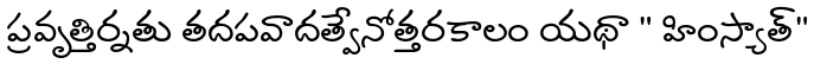
ప్రవృత్తిర్నతు తదపవాదత్వేనోత్తరకాలం యథా " హింస్యాత్"